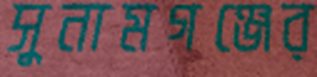
সুনামগঞ্জের